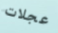
عجلات